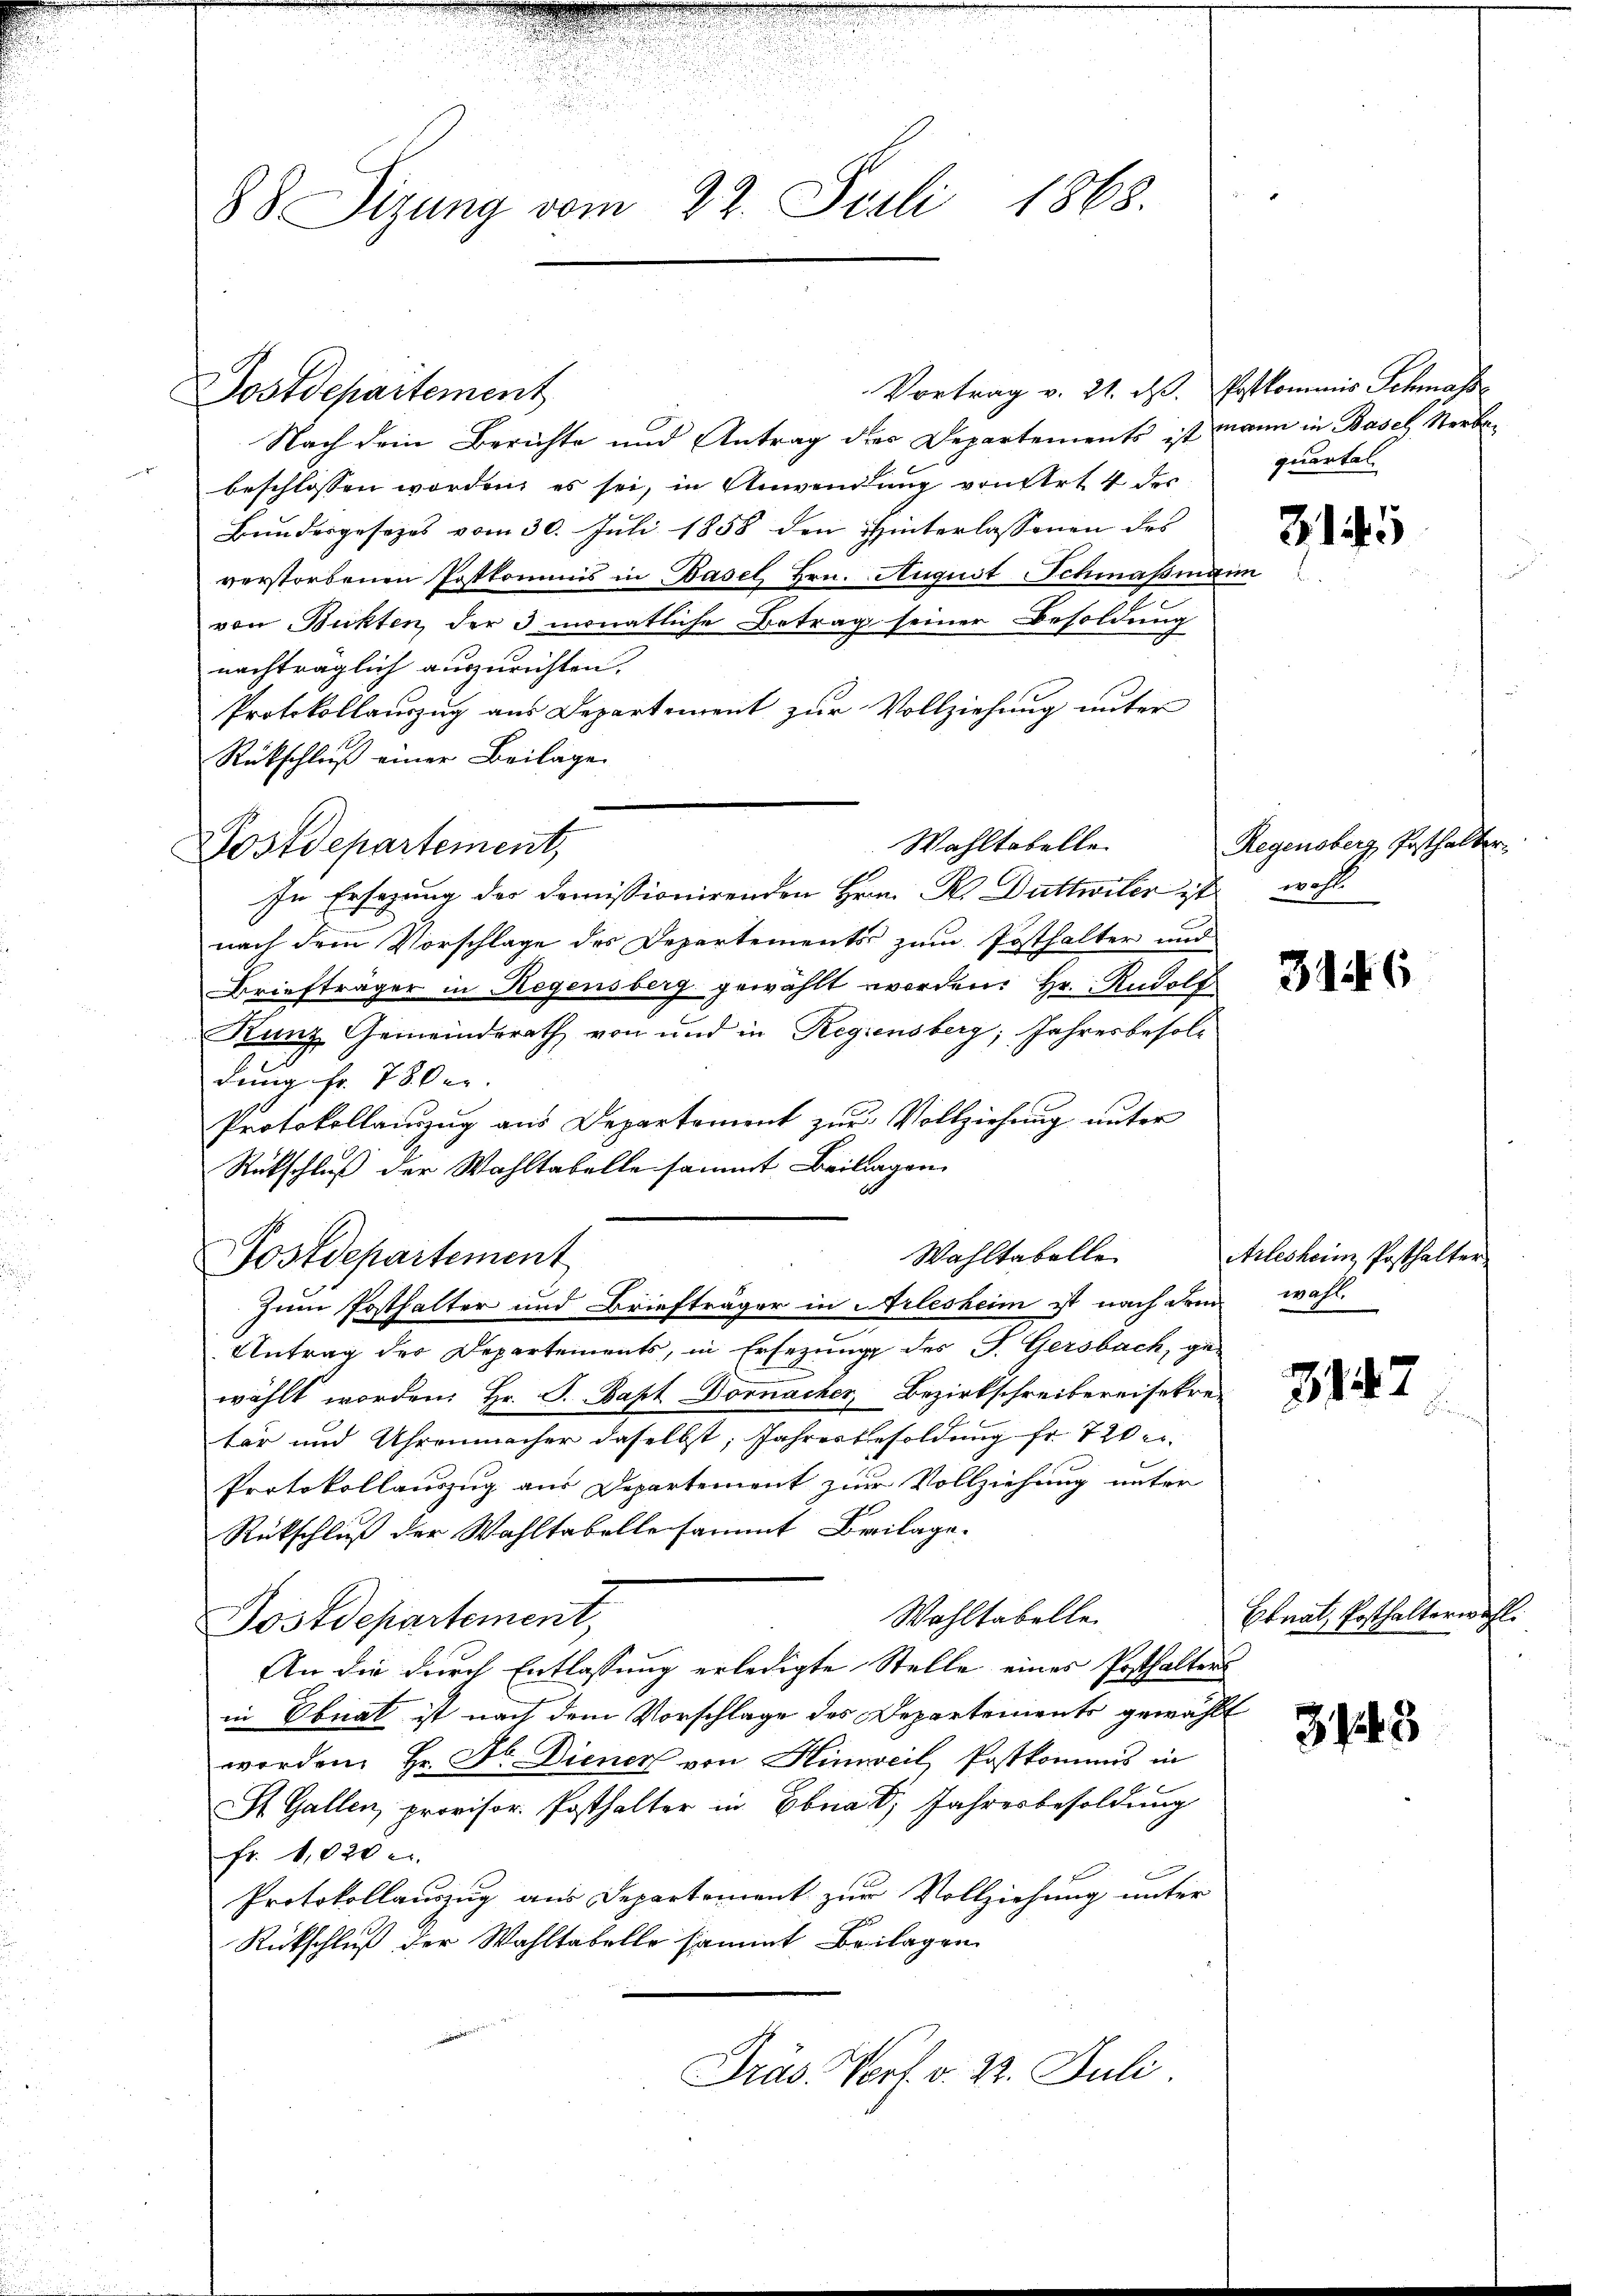
88 Sizung vom 22. Juli 1868.

Postdepartement

Nach dem Berichte und Antrag des Departements ist mann in Basel, Verbobeschlossen worden, es sei, in Anwendung von Art. 4 des
Bundesgesezes vom 30. Juli 1858 den Hinterlassenen des
verstorbenen Postkommis in Basel, Hrn. August Schmaßmann
von Bukten, der 3 monatliche Betrag seiner Besoldung
nachträglich auszurichten.
Protokollauszug aus Departement zŭr Vollziehung unter
Rückschluß einer Beilage
Postdepartement,
In Ersezung der demissionirenden Hrn. R. Duttwiler ist
nach dem Vorschlage des Departements zum Posthalter und
Briefträger in Regensberg gewählt worden. Hr. Rudolf
Kunz Gemeinderath von und in Regiensberg, Jahresbesoldung Fr. 78. Der
Protokollauszug aus Departement zur Vollziehung unter
Rückschluß der Wahltabelle sammt Beilagen
Wahltabelle
Zum Posthalter und Briefträger in Arlesheim ist nach drei wahl.
Antrag der Departements, in Ersezung des P. Gersbach, ge-
wählt worden: Hr. P. Bapt Dornacher, Bezirkschreibereisekre
ter und Uhrenmacher daselbst, Jahresbesoldung fr. 720 er
Protokollauszug aus Departement zur Vollziehung unter
Rükschluß der Wahltabelle sammt Beilage.
Wohltabelle.
Postdepartement,
An die durch Entlassung erledigte Stelle eines Posthalters
in Obnat ist nach dem Vorschlage des Departements gewählt
worden. Hr. Hr. Diener von Hinweil, Postkommis in
St. Gallen, provisor Posthalter in Ebna 8 Jahresbesoldung
fr. 1820 e
f
Protokollauszug aus Departement zur Vollziehung unter
Rückschluß der Wahltabelle sammt Beilagen
Präs. Vort. v. 22. Juli

Postdepartement

Wahltabelle

Vortrag v. 21. d. Postkommis Schmasse

quartal

3145

Regensberg Posthalber.
wraht.

316

Arleshein Posthalter

3147

Ebnat, Posthalterwahl

3.443